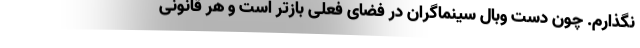
نگذارم. چون دست وبال سینماگران در فضای فعلی بازتر است و هر قانونی